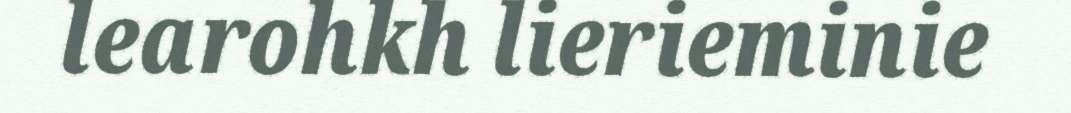
learohkh lierieminie